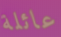
عائلة